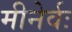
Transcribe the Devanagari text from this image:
मीनेर्वः